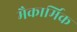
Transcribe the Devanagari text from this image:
मैकार्मिक